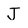
Character: J